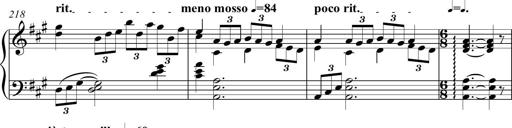
Title: Piano Sonatina in A major
Composer: Z Q Sysmoebius
Key: A major